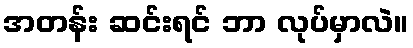
အတန်း ဆင်းရင် ဘာ လုပ်မှာလဲ။